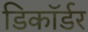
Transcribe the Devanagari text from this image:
डिकॉर्डर